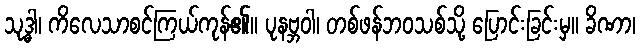
သုဒ္ဓါ၊ ကိလေသာစင်ကြယ်ကုန်၏။ ပုနဗ္ဘဝါ၊ တစ်ဖန်ဘဝသစ်သို့ ပြောင်းခြင်းမှ။ ခိဏာ၊